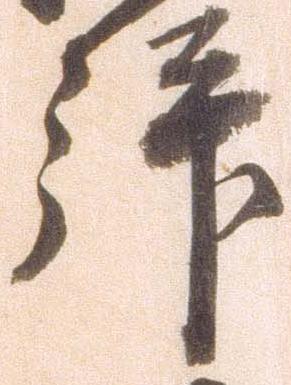
拝